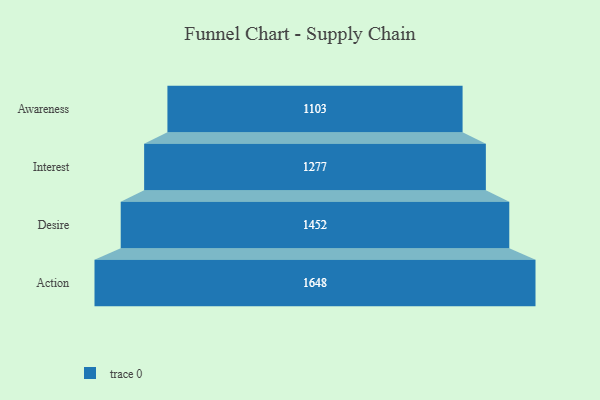
{"axis": {"x": "Stage", "y": "Value"}, "legend": [""], "data": [{"x": "Awareness", "y": 1103.0, "type": ""}, {"x": "Interest", "y": 1277.0, "type": ""}, {"x": "Desire", "y": 1452.0, "type": ""}, {"x": "Action", "y": 1648.0, "type": ""}]}